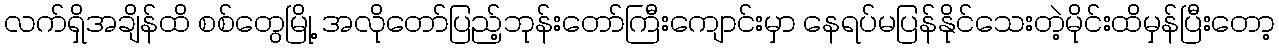
လက်ရှိအချိန်ထိ စစ်တွေမြို့ အလိုတော်ပြည့်ဘုန်းတော်ကြီးကျောင်းမှာ နေရပ်မပြန်နိုင်သေးတဲ့မိုင်းထိမှန်ပြီးတော့